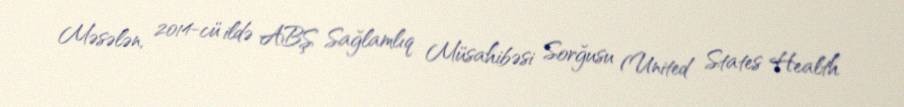
Məsələn, 2014-cü ildə ABŞ Sağlamlıq Müsahibəsi Sorğusu (United States Health